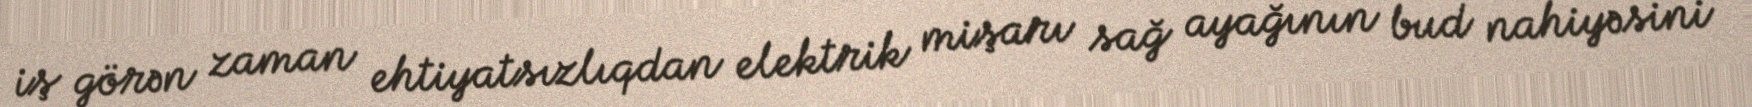
iş görən zaman ehtiyatsızlıqdan elektrik mişarı sağ ayağının bud nahiyəsini